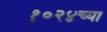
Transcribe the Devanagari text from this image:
१०२४च्या